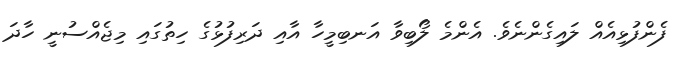
ފެންފުޅިއެއް ލައިގެންނެވެ. އެންމެ ލޯބިވާ އަނބިމީހާ އާއި ދަރިފުޅުގެ ހިތުގައި މިޖެއްސުނީ ހާދަ